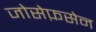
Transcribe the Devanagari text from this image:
जोसेफ़सेन